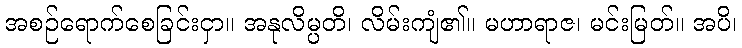
အစဉ်ရောက်စေခြင်းငှာ။ အနုလိမ္ပတိ၊ လိမ်းကျံ၏။ မဟာရာဇ၊ မင်းမြတ်။ အပိ၊